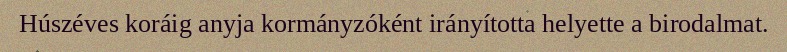
Húszéves koráig anyja kormányzóként irányította helyette a birodalmat.